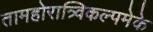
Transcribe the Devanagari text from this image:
तामहोरात्र्विकल्पमेके